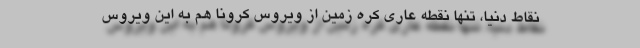
نقاط دنیا، تنها نقطه عاری کره زمین از ویروس کرونا هم به این ویروس